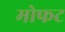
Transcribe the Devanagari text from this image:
मोफट